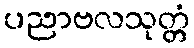
ပညာဗလသုတ္တံ